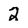
Character: 2